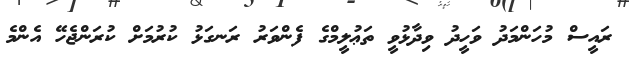
ރައީސް މުހަންމަދު ވަހީދު ވިދާޅުވީ ތަޢުލީމްގެ ފެންވަރު ރަނގަޅު ކުރުމަށް ކުރަންޖެހޭ އެންމެ